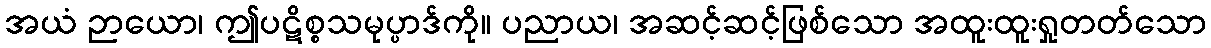
အယံ ဉာယော၊ ဤပဋိစ္စသမုပ္ပာဒ်ကို။ ပညာယ၊ အဆင့်ဆင့်ဖြစ်သော အထူးထူးရှုတတ်သော